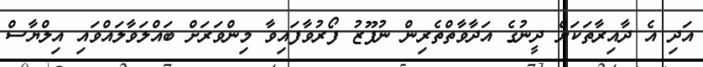
އަދި އެ ދާއިރާތަކަށް ދީނުގެ އަދާވާތްތެރިން ނުފޫޒު ފޯރުވާފައިވާ މިންވަރަށް ބައްލަވާލައްވައި އިލްޔާސް